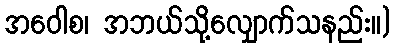
အဝေါစ၊ အဘယ်သို့လျှောက်သနည်း။)